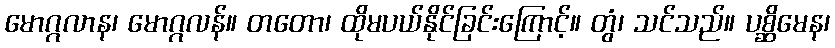
မောဂ္ဂလာန၊ မောဂ္ဂလန်။ တတော၊ ထိုမပယ်နိုင်ခြင်းကြောင့်။ တွံ၊ သင်သည်။ ပစ္ဆိမေန၊